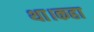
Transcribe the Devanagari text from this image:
था।कहा